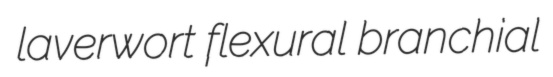
laverwort flexural branchial